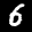
Label: 6